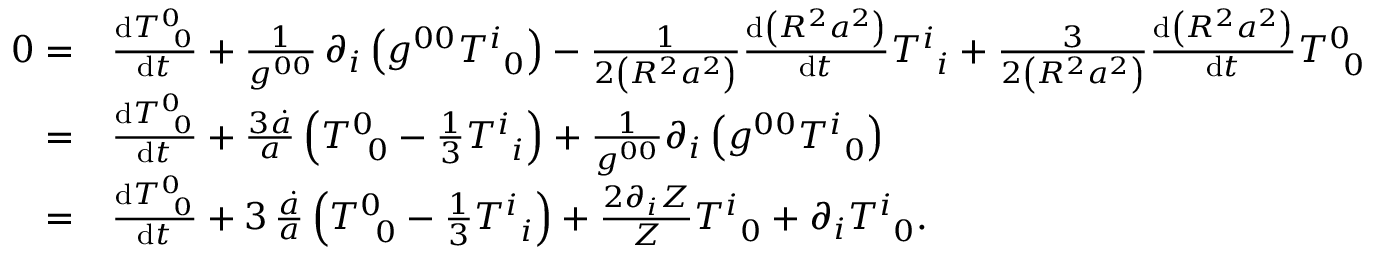
\begin{array} { r l } { 0 = } & { \frac { \mathrm { d } T _ { \, \, \, 0 } ^ { 0 } } { \mathrm { d } t } + \frac { 1 } { g ^ { 0 0 } } \, \partial _ { i } \left( g ^ { 0 0 } T _ { \, \, \, 0 } ^ { i } \right) - \frac { 1 } { 2 \left( R ^ { 2 } a ^ { 2 } \right) } \frac { \mathrm { d } \left( R ^ { 2 } a ^ { 2 } \right) } { \mathrm { d } t } T _ { \, \, \, i } ^ { i } + \frac { 3 } { 2 \left( R ^ { 2 } a ^ { 2 } \right) } \frac { \mathrm { d } \left( R ^ { 2 } a ^ { 2 } \right) } { \mathrm { d } t } T _ { \, \, \, 0 } ^ { 0 } } \\ { = } & { \frac { \mathrm { d } T _ { \, \, \, 0 } ^ { 0 } } { \mathrm { d } t } + \frac { 3 \dot { a } } { a } \left( T _ { \, \, \, 0 } ^ { 0 } - \frac { 1 } { 3 } T _ { \, \, \, i } ^ { i } \right) + \frac { 1 } { g ^ { 0 0 } } \partial _ { i } \left( g ^ { 0 0 } T _ { \, \, \, 0 } ^ { i } \right) } \\ { = } & { \frac { \mathrm { d } T _ { \, \, \, 0 } ^ { 0 } } { \mathrm { d } t } + 3 \, \frac { \dot { a } } { a } \left( T _ { \, \, \, 0 } ^ { 0 } - \frac { 1 } { 3 } T _ { \, \, \, i } ^ { i } \right) + \frac { 2 \partial _ { i } Z } { Z } T _ { \, \, \, 0 } ^ { i } + \partial _ { i } T _ { \, \, \, 0 } ^ { i } . } \end{array}